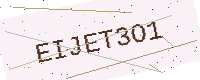
Text: EIJET3O1